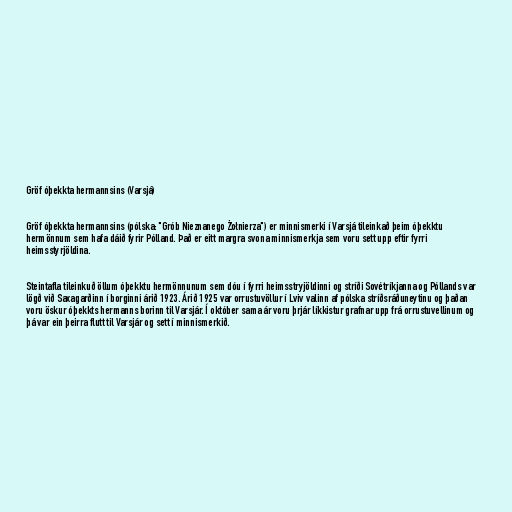
Gröf óþekkta hermannsins (Varsjá)

Gröf óþekkta hermannsins (pólska: "Grób Nieznanego Żołnierza") er minnismerki í Varsjá tileinkað þeim óþekktu
hermönnum sem hafa dáið fyrir Pólland. Það er eitt margra svona minnismerkja sem voru sett upp eftir fyrri
heimsstyrjöldina.

Steintafla tileinkuð öllum óþekktu hermönnunum sem dóu í fyrri heimsstryjöldinni og stríði Sovétríkjanna og Póllands var
lögð við Saxagarðinn í borginni árið 1923. Árið 1925 var orrustuvöllur í Lviv valinn af pólska stríðsráðuneytinu og þaðan
voru öskur óþekkts hermanns borinn til Varsjár. Í október sama ár voru þrjár líkkistur grafnar upp frá orrustuvellinum og
þá var ein þeirra flutt til Varsjár og sett í minnismerkið.